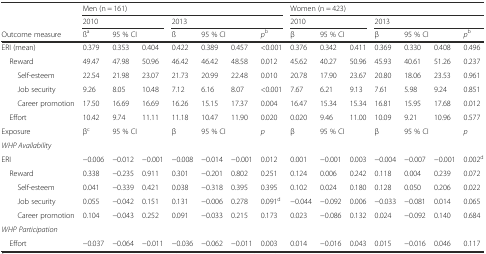
<table><thead><tr><td></td><td colspan="7"><b>Men (n = 161)</b></td><td colspan="7"><b>Women (n = 423)</b></td></tr><tr><td></td><td colspan="3"><b>2010</b></td><td colspan="4"><b>2013</b></td><td colspan="3"><b>2010</b></td><td colspan="4"><b>2013</b></td></tr><tr><td><b>Outcome measure</b></td><td><b>ß<sup>a</sup></b></td><td colspan="2"><b>95 % CI</b></td><td><b>ß</b></td><td colspan="2"><b>95 % CI</b></td><td><b><i>p</i><sup>b</sup></b></td><td><b>β</b></td><td colspan="2"><b>95 % CI</b></td><td><b>β</b></td><td colspan="2"><b>95 % CI</b></td><td><b><i>p</i><sup>b</sup></b></td></tr></thead><tbody><tr><td>ERI (mean)</td><td>0.379</td><td>0.353</td><td>0.404</td><td>0.422</td><td>0.389</td><td>0.457</td><td>&lt;0.001</td><td>0.376</td><td>0.342</td><td>0.411</td><td>0.369</td><td>0.330</td><td>0.408</td><td>0.496</td></tr><tr><td> Reward</td><td>49.47</td><td>47.98</td><td>50.96</td><td>46.42</td><td>46.42</td><td>48.58</td><td>0.012</td><td>45.62</td><td>40.27</td><td>50.96</td><td>45.93</td><td>40.61</td><td>51.26</td><td>0.237</td></tr><tr><td>Self-esteem</td><td>22.54</td><td>21.98</td><td>23.07</td><td>21.73</td><td>20.99</td><td>22.48</td><td>0.010</td><td>20.78</td><td>17.90</td><td>23.67</td><td>20.80</td><td>18.06</td><td>23.53</td><td>0.961</td></tr><tr><td>Job security</td><td>9.26</td><td>8.05</td><td>10.48</td><td>7.12</td><td>6.16</td><td>8.07</td><td>&lt;0.001</td><td>7.67</td><td>6.21</td><td>9.13</td><td>7.61</td><td>5.98</td><td>9.24</td><td>0.851</td></tr><tr><td>Career promotion</td><td>17.50</td><td>16.69</td><td>16.69</td><td>16.26</td><td>15.15</td><td>17.37</td><td>0.004</td><td>16.47</td><td>15.34</td><td>15.34</td><td>16.81</td><td>15.95</td><td>17.68</td><td>0.012</td></tr><tr><td> Effort</td><td>10.42</td><td>9.74</td><td>11.11</td><td>11.18</td><td>10.47</td><td>11.90</td><td>0.020</td><td>0.020</td><td>9.46</td><td>11.00</td><td>10.09</td><td>9.21</td><td>10.96</td><td>0.577</td></tr><tr><td>Exposure</td><td>β<sup>c</sup></td><td colspan="2">95 % CI</td><td>β</td><td colspan="2">95 % CI</td><td><i>p</i></td><td>β</td><td colspan="2">95 % CI</td><td>β</td><td colspan="2">95 % CI</td><td><i>p</i></td></tr><tr><td><i>WHP Availability</i></td><td></td><td></td><td></td><td></td><td></td><td></td><td></td><td></td><td></td><td></td><td></td><td></td><td></td><td></td></tr><tr><td>ERI</td><td>−0.006</td><td>−0.012</td><td>−0.001</td><td>−0.008</td><td>−0.014</td><td>−0.001</td><td>0.012</td><td>0.001</td><td>−0.001</td><td>0.003</td><td>−0.004</td><td>−0.007</td><td>−0.001</td><td>0.002<sup>d</sup></td></tr><tr><td> Reward</td><td>0.338</td><td>−0.235</td><td>0.911</td><td>0.301</td><td>−0.201</td><td>0.802</td><td>0.251</td><td>0.124</td><td>0.006</td><td>0.242</td><td>0.118</td><td>0.004</td><td>0.239</td><td>0.072</td></tr><tr><td>Self-esteem</td><td>0.041</td><td>−0.339</td><td>0.421</td><td>0.038</td><td>−0.318</td><td>0.395</td><td>0.395</td><td>0.102</td><td>0.024</td><td>0.180</td><td>0.128</td><td>0.050</td><td>0.206</td><td>0.022</td></tr><tr><td>Job security</td><td>0.055</td><td>−0.042</td><td>0.151</td><td>0.131</td><td>−0.006</td><td>0.278</td><td>0.091<sup>d</sup></td><td>−0.044</td><td>−0.092</td><td>0.006</td><td>−0.033</td><td>−0.081</td><td>0.014</td><td>0.065</td></tr><tr><td>Career promotion</td><td>0.104</td><td>−0.043</td><td>0.252</td><td>0.091</td><td>−0.033</td><td>0.215</td><td>0.173</td><td>0.023</td><td>−0.086</td><td>0.132</td><td>0.024</td><td>−0.092</td><td>0.140</td><td>0.684</td></tr><tr><td><i>WHP Participation</i></td><td></td><td></td><td></td><td></td><td></td><td></td><td></td><td></td><td></td><td></td><td></td><td></td><td></td><td></td></tr><tr><td> Effort</td><td>−0.037</td><td>−0.064</td><td>−0.011</td><td>−0.036</td><td>−0.062</td><td>−0.011</td><td>0.003</td><td>0.014</td><td>−0.016</td><td>0.043</td><td>0.015</td><td>−0.016</td><td>0.046</td><td>0.117</td></tr></tbody></table>